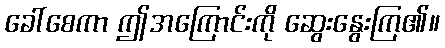
ခေါ်စေကာ ဤအကြောင်းကို ဆွေးနွေးကြ၏။